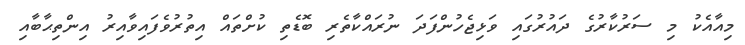
މިއާއެކު މި ސަރުކާރުގެ ދައުރުގައި ވަޅިޖެހުންފަދަ ނުރައްކާތެރި ބޮޑެތި ކުށްތައް އިތުރުވެފައިވާއިރު އިންތިޙާބާއި